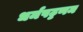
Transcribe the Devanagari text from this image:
धर्मपट्टणम